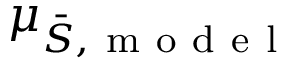
\mu _ { \bar { S } , \mathrm { ~ m ~ o ~ d ~ e ~ l ~ } }